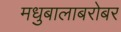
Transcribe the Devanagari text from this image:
मधुबालाबरोबर